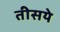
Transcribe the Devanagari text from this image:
तीसये